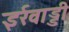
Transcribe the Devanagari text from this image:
इर्रवाड्डी